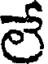
లే